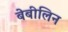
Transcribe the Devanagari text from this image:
बेबीलिन